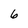
Character: 6